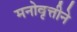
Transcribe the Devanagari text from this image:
मनोवृत्तीने